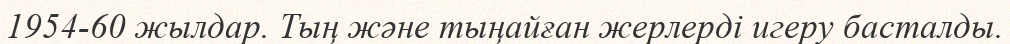
1954-60 жылдар. Тың және тыңайған жерлерді игеру басталды.